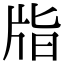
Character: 㸟